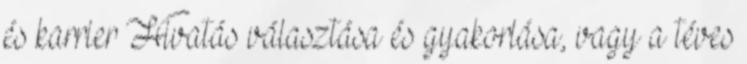
és karrier Hivatás választása és gyakorlása, vagy a téves